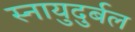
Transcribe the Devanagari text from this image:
स्नायुदुर्बल